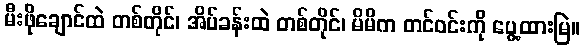
မီးဖိုချောင်ထဲ တစ်တိုင်၊ အိပ်ခန်းထဲ တစ်တိုင်၊ မိမိက တင်ဝင်းကို ပွေ့ထားမြဲ။